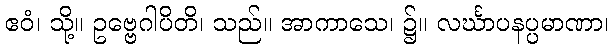
ဧဝံ၊ သို့။ ဥဗ္ဗေဂါပိတိ၊ သည်။ အာကာသေ၊ ၌။ လင်္ဃာပနပ္ပမာဏာ၊